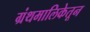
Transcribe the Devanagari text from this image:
ग्रंथमालिकेतून